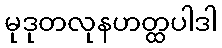
မုဒုတလုနဟတ္ထပါဒါ